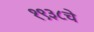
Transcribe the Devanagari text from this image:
१९३८चे